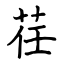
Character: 荏